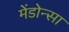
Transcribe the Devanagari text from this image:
मेंडोन्सा